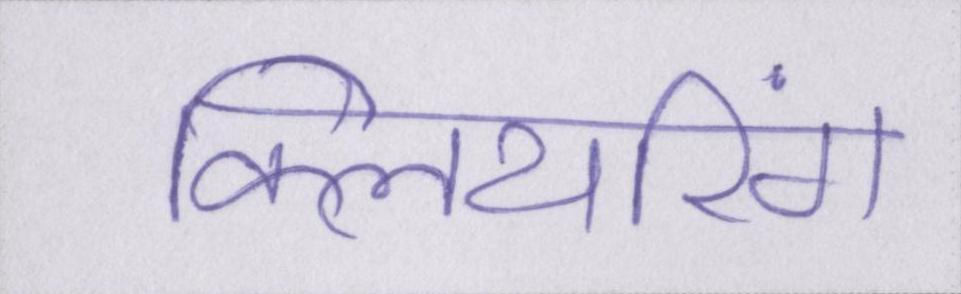
क्लियरिंग